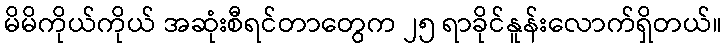
မိမိကိုယ်ကိုယ် အဆုံးစီရင်တာတွေက ၂၅ ရာခိုင်နူန်းလောက်ရှိတယ်။